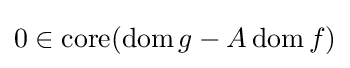
0\in \operatorname {core} (\operatorname {dom} g-A\operatorname {dom} f)